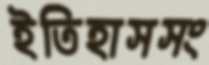
ইতিহাসসং